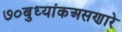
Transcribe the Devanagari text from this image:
७०बुध्यांकअसणारे